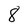
Character: 8